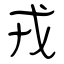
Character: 戎